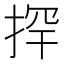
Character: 𱠄